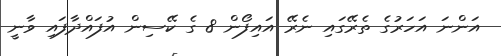
އަންނަ އަހަރުގެ ތެރޭގައި ނެރޭ އައިފޯން 8 ގެ ކޭސިން އުފައްދާފައި ވާނީ